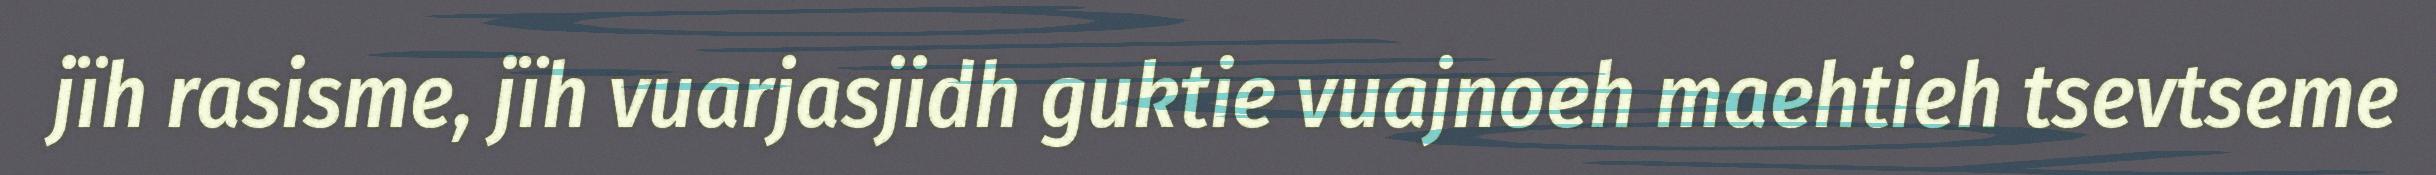
jïh rasisme, jïh vuarjasjidh guktie vuajnoeh maehtieh tsevtseme